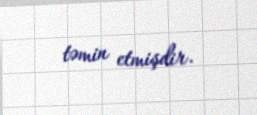
təmin etmişdir.